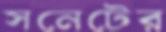
সনেটের